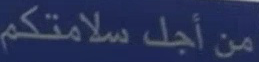
من أجل سلامتكم